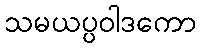
သမယပ္ပဝါဒကော